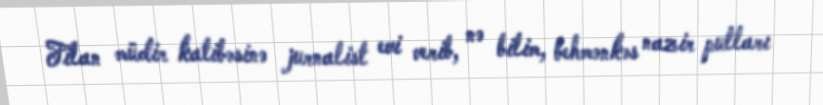
Filan müdir katibəsinə jurnalist evi verib, nə bilim, behmənkəs nazir pulları